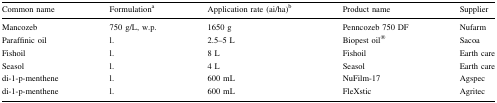
<table><thead><tr><td><b>Common name</b></td><td><b>Formulation<sup>a</sup></b></td><td><b>Application rate (ai/ha)<sup>b</sup></b></td><td><b>Product name</b></td><td><b>Supplier</b></td></tr></thead><tbody><tr><td>Mancozeb</td><td>750 g/L, w.p.</td><td>1650 g</td><td>Penncozeb 750 DF</td><td>Nufarm</td></tr><tr><td>Paraffinic oil</td><td>l.</td><td>2.5–5 L</td><td>Biopest oil<sup>®</sup></td><td>Sacoa</td></tr><tr><td>Fishoil</td><td>l.</td><td>8 L</td><td>Fishoil</td><td>Earth care</td></tr><tr><td>Seasol</td><td>l.</td><td>4 L</td><td>Seasol</td><td>Earth care</td></tr><tr><td>di-1-p-menthene</td><td>l.</td><td>600 mL</td><td>NuFilm-17</td><td>Agspec</td></tr><tr><td>di-1-p-menthene</td><td>l.</td><td>600 mL</td><td>FleXstic</td><td>Agritec</td></tr></tbody></table>